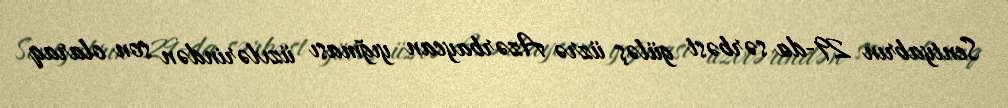
Sentyabrın 29-da sərbəst güləş üzrə Azərbaycan yığması üzvlərindən son olaraq